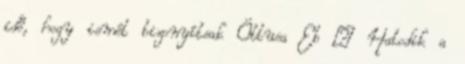
idő, hogy ismét bizonyítsak Öttusa Eb – Hatodik a